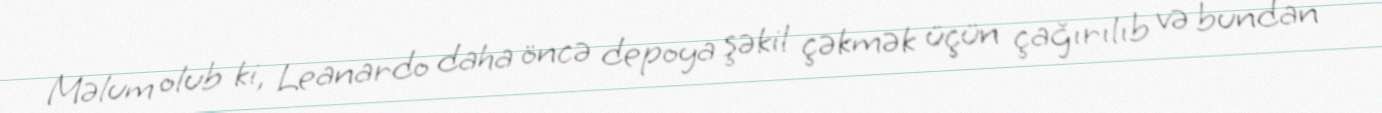
Məlum olub ki, Leanardo daha öncə depoya şəkil çəkmək üçün çağırılıb və bundan